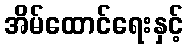
အိမ်ထောင်ရေးနှင့်